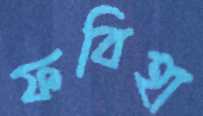
ফবিহা